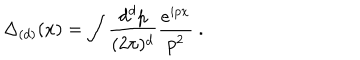
LaTeX: \Delta _ { ( d ) } ( x ) = \int { \frac { d ^ { d } p } { ( 2 \pi ) ^ { d } } } { \frac { e ^ { i p x } } { p ^ { 2 } } } \ .